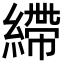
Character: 𦄂